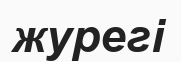
журегі